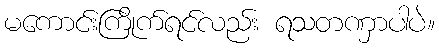
မကောင်းကြိုက်ရင်လည်း ရသတဏှာပါပဲ။